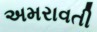
અમરાવતી